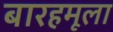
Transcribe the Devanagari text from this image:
बारहमूला